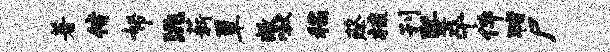
著偕帑洮薪簟敞啾稻蔡梳刊暨卒件猪尸